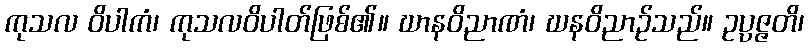
ကုသလ ဝိပါကံ၊ ကုသလဝိပါတ်ဖြစ်၏။ ဃာနဝိညာဏံ၊ ဃနဝိညာဉ်သည်။ ဥပ္ပဇ္ဇတိ၊